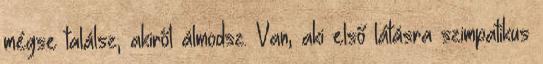
mégse találsz, akiről álmodsz. Van, aki első látásra szimpatikus